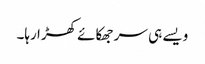
ویسے ہی سر جھکائے کھڑا رہا۔